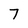
Character: 7